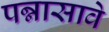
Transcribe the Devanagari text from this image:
पन्नासावे